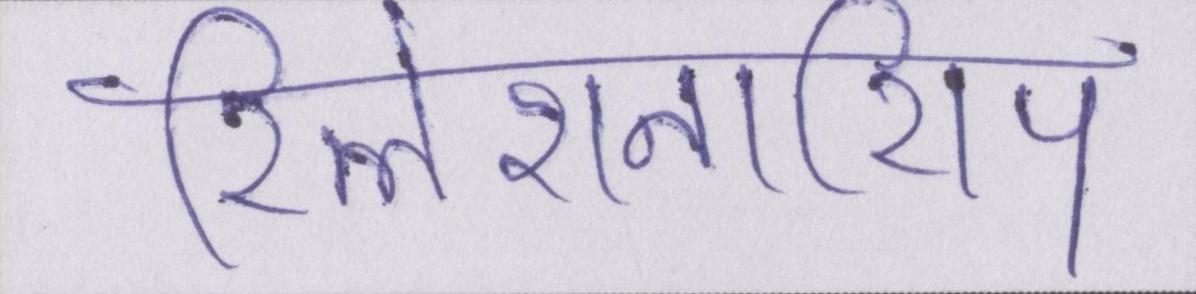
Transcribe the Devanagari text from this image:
रिलेशनशिप